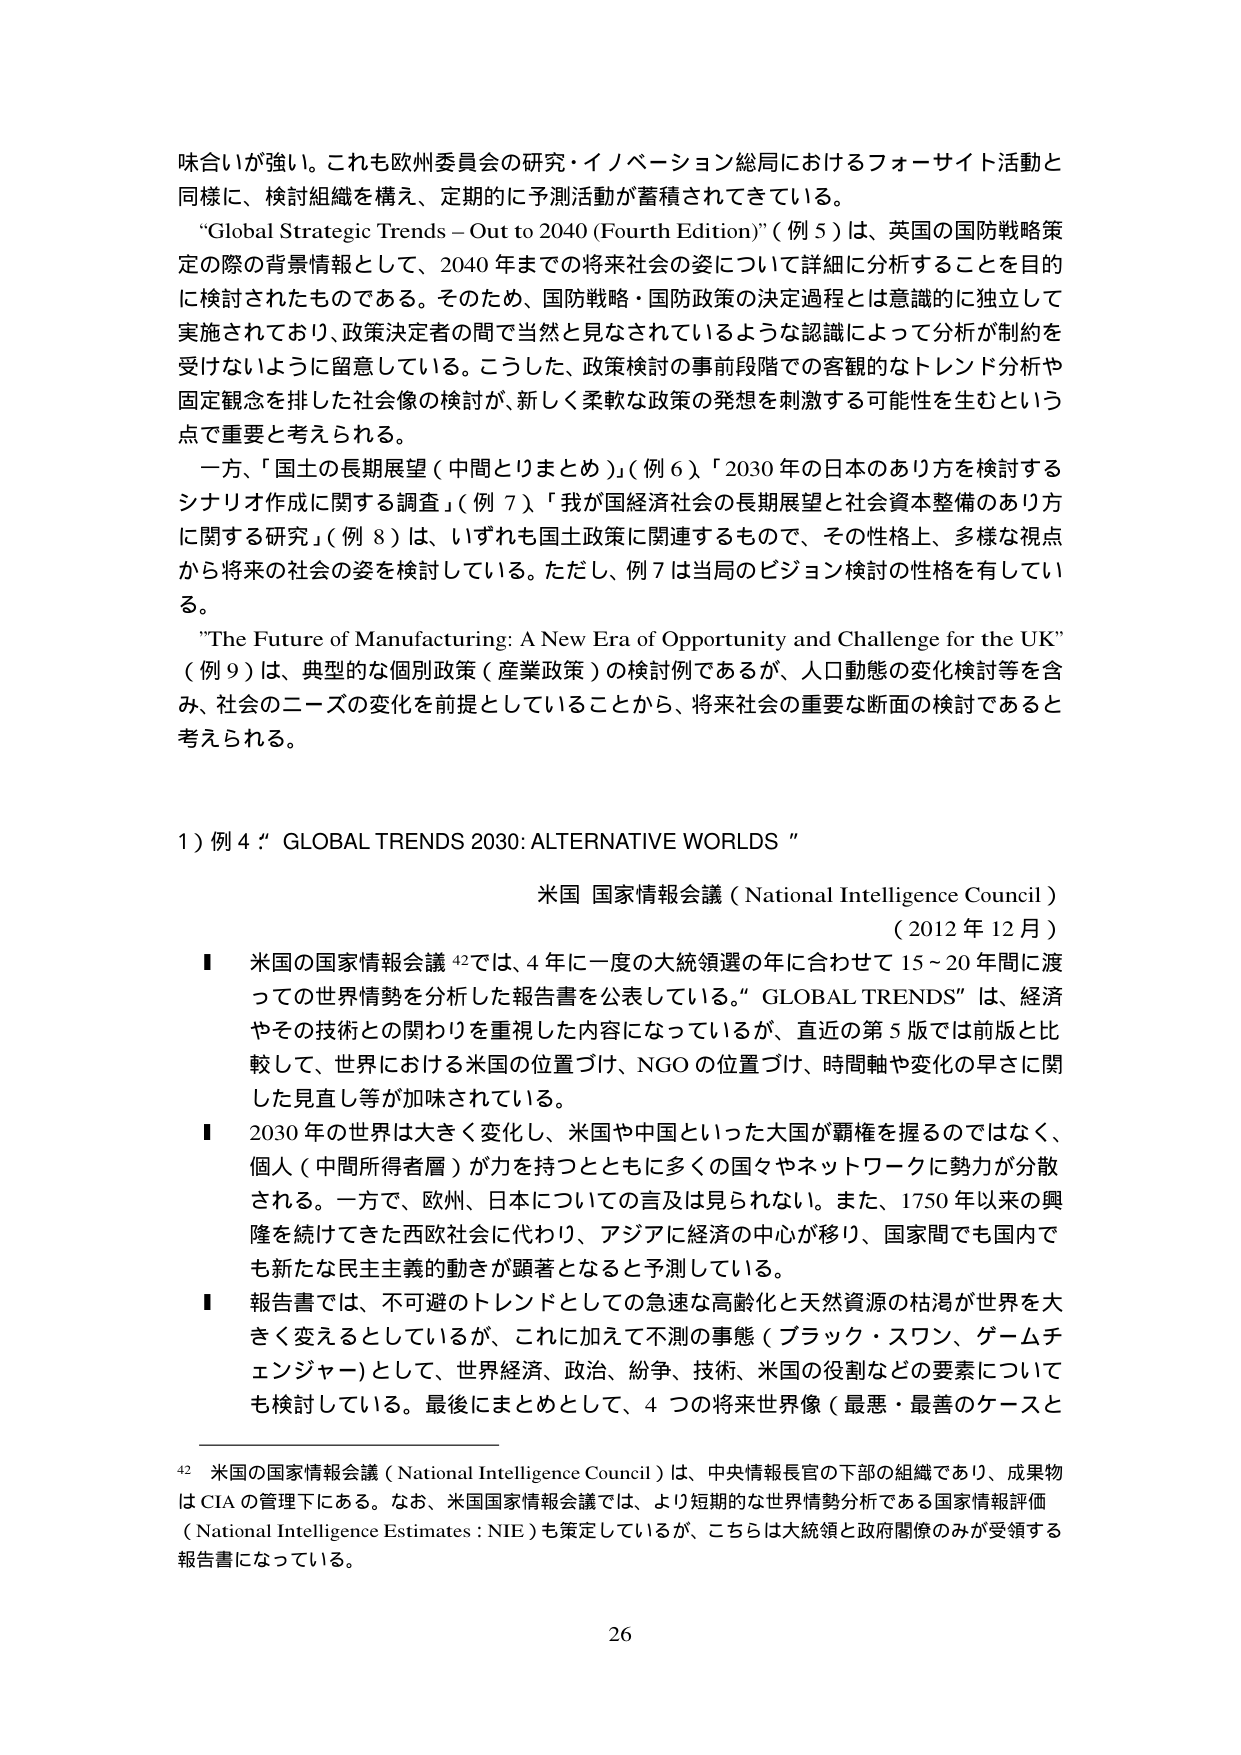
味合いが強い。これも欧州委員会の研究・イノベーション総局におけるフォーサイト活動と
同様に、検討組織を構え、定期的に予測活動が蓄積されてきている。
“Global Strategic Trends – Out to 2040 (Fourth Edition)”（例 5）は、英国の国防戦略策
定の際の背景情報として、2040 年までの将来社会の姿について詳細に分析することを目的
に検討されたものである。そのため、国防戦略・国防政策の決定過程とは意識的に独立して
実施されており、政策決定者の間で当然と見なされているような認識によって分析が制約を
受けないように留意している。こうした、政策検討の事前段階での客観的なトレンド分析や
固定観念を排した社会像の検討が、新しく柔軟な政策の発想を刺激する可能性を生むという
点で重要と考えられる。
一方、「国土の長期展望（中間とりまとめ）」（例 6）、「2030 年の日本のあり方を検討する
シナリオ作成に関する調査」（例 7）、「我が国経済社会の長期展望と社会資本整備のあり方
に関する研究」（例 8）は、いずれも国土政策に関連するもので、その性格上、多様な視点
から将来の社会の姿を検討している。ただし、例 7 は当局のビジョン検討の性格を有してい
る。
”The Future of Manufacturing: A New Era of Opportunity and Challenge for the UK”
（例 9）は、典型的な個別政策（産業政策）の検討例であるが、人口動態の変化検討等を含
み、社会のニーズの変化を前提としていることから、将来社会の重要な断面の検討であると
考えられる。

1）例 4：“GLOBAL TRENDS 2030: ALTERNATIVE WORLDS”

米国 国家情報会議（National Intelligence Council）
（2012 年 12 月）
■ 米国の国家情報会議 42では、4 年に一度の大統領選の年に合わせて 15～20 年間に渡
っての世界情勢を分析した報告書を公表している。“GLOBAL TRENDS”は、経済
やその技術との関わりを重視した内容になっているが、直近の第 5 版では前版と比
較して、世界における米国の位置づけ、NGO の位置づけ、時間軸や変化の早さに関
した見直し等が加味されている。
■ 2030 年の世界は大きく変化し、米国や中国といった大国が覇権を握るのではなく、
個人（中間所得者層）が力を持つとともに多くの国々やネットワークに勢力が分散
される。一方で、欧州、日本についての言及は見られない。また、1750 年以来の興
隆を続けてきた西欧社会に代わり、アジアに経済の中心が移り、国家間でも国内で
も新たな民主主義的動きが顕著となると予測している。
■ 報告書では、不可避のトレンドとしての急速な高齢化と天然資源の枯渇が世界を大
きく変えるとしているが、これに加えて不測の事態（ブラック・スワン、ゲームチ
ェンジャー）として、世界経済、政治、紛争、技術、米国の役割などの要素について
も検討している。最後にまとめとして、4 つの将来世界像（最悪・最善のケースと

42 米国の国家情報会議（National Intelligence Council）は、中央情報長官の下部の組織であり、成果物
は CIA の管理下にある。なお、米国国家情報会議では、より短期的な世界情勢分析である国家情報評価
（National Intelligence Estimates：NIE）も策定しているが、こちらは大統領と政府閣僚のみが受領する
報告書になっている。

26